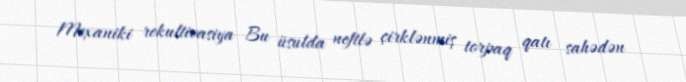
Mexaniki rekultivasiya Bu üsulda neftlə çirklənmiş torpaq qatı sahədən